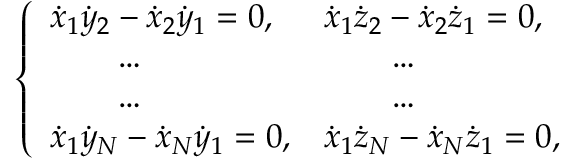
\left\{ \begin{array} { l l } { { \dot { x } } _ { 1 } { \dot { y } } _ { 2 } - { \dot { x } } _ { 2 } { \dot { y } } _ { 1 } = 0 , } & { { \dot { x } } _ { 1 } { \dot { z } } _ { 2 } - { \dot { x } } _ { 2 } { \dot { z } } _ { 1 } = 0 , } \\ { \qquad \dots } & { \qquad \dots } \\ { \qquad \dots } & { \qquad \dots } \\ { { \dot { x } } _ { 1 } { \dot { y } } _ { N } - { \dot { x } } _ { N } { \dot { y } } _ { 1 } = 0 , } & { { \dot { x } } _ { 1 } { \dot { z } } _ { N } - { \dot { x } } _ { N } { \dot { z } } _ { 1 } = 0 , } \end{array} \right.